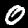
Digit: 0